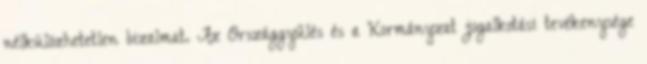
nélkülözhetetlen bizalmat. Az Országgyűlés és a Kormányzat jogalkotási tevékenysége